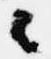
々